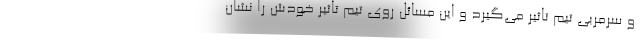
و سرمربی تیم تاثیر می‌گیرد و این مسائل روی تیم تاثیر خودش را نشان